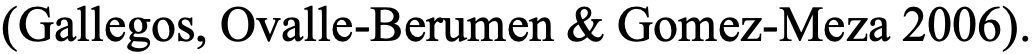
(Gallegos, Ovalle-Berumen & Gomez-Meza 2006).